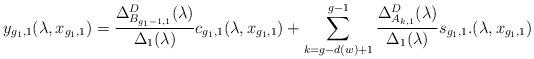
LaTeX: \begin{align*}y_{g_1,1}(\lambda,x_{g_1,1})=\frac{\Delta_{B_{g_1-1,1}}^D(\lambda)}{\Delta_{1}(\lambda)}c_{g_1,1}(\lambda,x_{g_1,1})+\sum\limits_{k=g-d(w)+1}^{g-1}\frac{\Delta_{A_{k,1}}^D(\lambda)}{\Delta_{1}(\lambda)}s_{g_1,1}.(\lambda,x_{g_1,1})\end{align*}